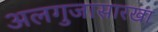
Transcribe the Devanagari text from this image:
अलगुजासारखा